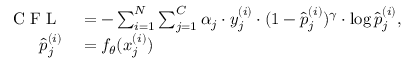
\begin{array} { r l } { \mathrm { ~ C ~ F ~ L ~ } } & { { } = - \sum _ { i = 1 } ^ { N } \sum _ { j = 1 } ^ { C } \alpha _ { j } \cdot y _ { j } ^ { ( i ) } \cdot ( 1 - \hat { p } _ { j } ^ { ( i ) } ) ^ { \gamma } \cdot \log { \hat { p } _ { j } ^ { ( i ) } } , } \\ { \hat { p } _ { j } ^ { ( i ) } } & { { } = f _ { \theta } ( x _ { j } ^ { ( i ) } ) } \end{array}